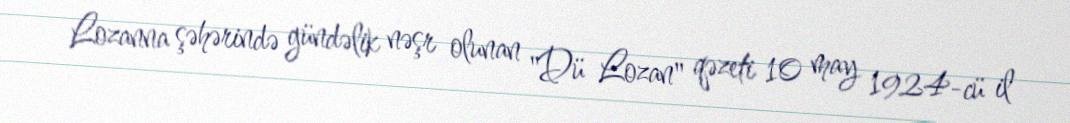
Lozanna şəhərində gündəlik nəşr olunan "Dü Lozan" qəzeti 10 may 1924-cü il